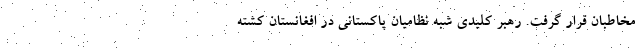
مخاطبان قرار گرفت. رهبر کلیدی شبه نظامیان پاکستانی در افغانستان کشته